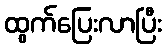
ထွက်ပြေးလာပြီး